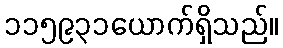
၁၁၅၉၃၁ယောက်ရှိသည်။